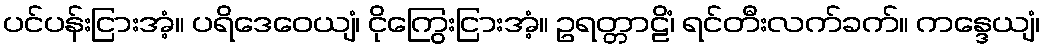
ပင်ပန်းငြားအံ့။ ပရိဒေဝေယျံ၊ ငိုကြွေးငြားအံ့။ ဥရတ္တာဠိံ၊ ရင်တီးလက်ခက်။ ကန္ဒေယျံ၊